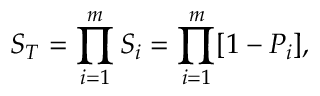
S _ { T } = \prod _ { i = 1 } ^ { m } S _ { i } = \prod _ { i = 1 } ^ { m } [ 1 - P _ { i } ] ,